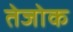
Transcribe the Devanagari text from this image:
तेजोक